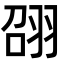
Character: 䎄